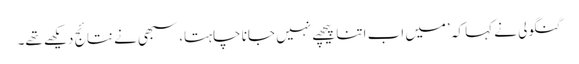
گنگولی نے کہا کہ ’میں اب اتنا پیچھے نہیں جانا چاہتا، سبھی نے نتائج دیکھے تھے۔